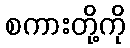
စကားတို့ကို